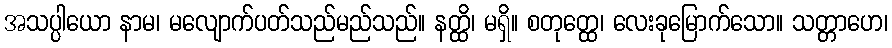
အသပ္ပါယော နာမ၊ မလျောက်ပတ်သည်မည်သည်။ နတ္ထိ၊ မရှိ။ စတုတ္ထေ၊ လေးခုမြောက်သော။ သတ္တာဟေ၊